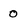
Character: 0